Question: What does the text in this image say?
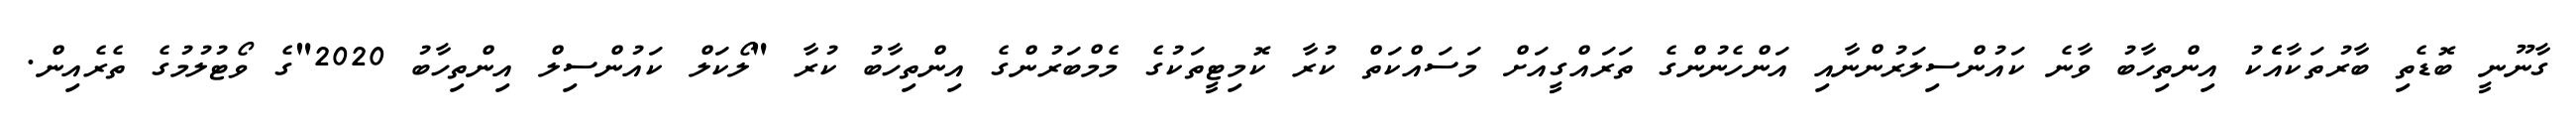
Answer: ގާނޫނީ ބޮޑެތި ބާރުތަކާއެެކު އިންތިހާބު ވާނެ ކައުންސިލަރުންނާއި އަންހެނުންގެ ތަރައްގީއަށް މަސައްކަތް ކުރާ ކޮމިޓީތަކުގެ މެމްބަރުންގެ އިންތިހާބު ކުރާ "ލޯކަލް ކައުންސިލް އިންތިހާބު 2020"ގެ ވޯޓުލުމުގެ ތެރެއިން.